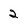
Character: 2